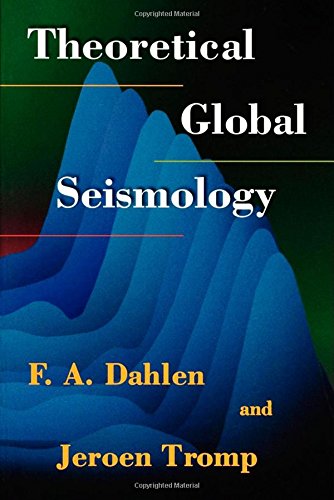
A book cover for Theoretical Global Seismology; F. A. Dahlen; Science & Math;